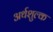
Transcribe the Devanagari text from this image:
अर्थशुल्क